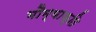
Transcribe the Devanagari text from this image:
भौम्याकृति